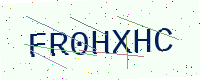
Text: FR0HXHC